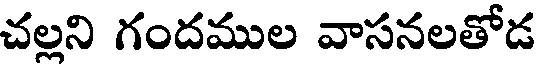
చల్లని గందముల వాసనలతోడ